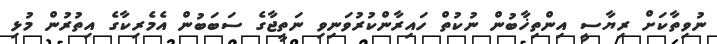
ނުވިތާކަށް ރިޔާސީ އިންތިޚާބުން ނުކުތް ހައިރާންކުރުވަނިވި ނަތީޖާގެ ސަބަބުން އެމެރިކާގެ އިތުރުން މުޅި